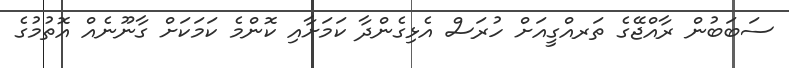
ސަބަބުން ރާއްޖޭގެ ތަރއްގީއަށް ހުރަސް އެޅިގެންދާ ކަމަށާއި ކޮންމެ ކަމަކަށް ގާނޫނެއް އޮތުމުގެ